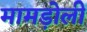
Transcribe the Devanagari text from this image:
मामड़ोली